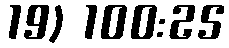
19) 100:25